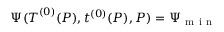
\Psi ( \boldsymbol { T } ^ { ( 0 ) } ( P ) , t ^ { ( 0 ) } ( P ) , P ) = \Psi _ { \mathrm { ~ m ~ i ~ n ~ } }